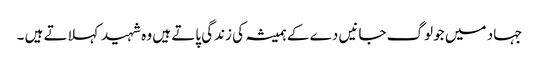
جہاد میں جو لوگ جانیں دے کے ہمیشہ کی زندگی پاتے ہیں وہ شہید کہلاتے ہیں ۔